Lunatic asylums in Bengal annual reports 1899-1911 - 1899-1911
Year: 1899
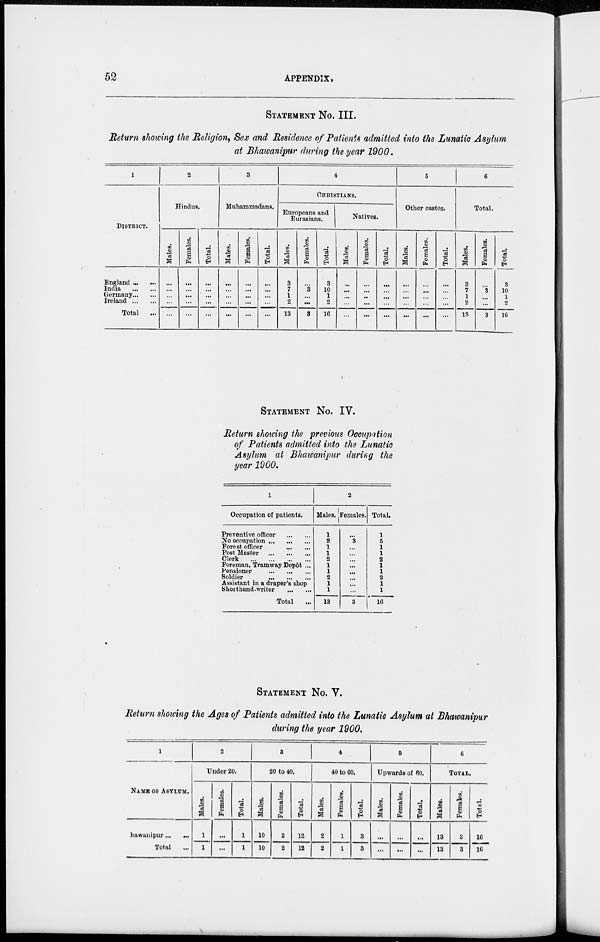
52
APPENDIX,
STATEMENT No. III.
Return showing the Religion, Sex and Residence of Patients admitted into the Lunatic Asylum
at Bhawanipur during the year 1900.
1
DISTRICT.
England ... ...
India
...
...
Germany ... ...
Ireland ... ...
Total ...
2
Hindus.
Males.
...
...
...
...
...
Females.
...
...
...
...
...
Total.
...
...
...
...
...
3
Muhammadans.
Males.
...
...
...
...
...
Females.
...
...
...
...
...
Total.
...
...
...
...
...
4
CHRISTIANS.
Europeans and
Eurasians.
Males.
3
7
1
2
13
Females.
...
3
...
...
3
Total.
3
10
1
2
16
Natives.
Males.
...
...
...
...
...
Females.
...
...
,.
...
...
Total.
...
...
...
...
...
6
Other castes.
Males.
...
...
...
...
...
Females.
...
...
...
...
...
Total.
...
...
...
...
...
6
Total.
Males.
3
7
1
2
13
Females.
...
3
...
...
3
Total.
3
10
1
2
16
STATEMENT No. IV.
Return showing the previous Occupation
of Patients admitted into the Lunatic
Asylum at Bhawanipur during the
year 1900.
1
Occupation of patients.
Preventive officer
...
...
No occupation ... ... ...
Forest officer
...
...
Post Master ... ... ...
Clerk ... ... ...
Foreman, Tramway Depôt ...
Pensioner
...
...
...
Soldier
...
...
...
Assistant in a draper's shop
Shorthand-writer
...
...
Total
2
Males.
1
2
1
1
2
1
1
2
1
1
13
Females.
...
3
...
...
...
...
...
...
...
...
3
Total.
1
5
1
1
2
1
1
2
1
1
16
STATEMENT No. V.
Return showing the Ages of Patients admitted into the Lunatic Asylum at Bhawanipur
during the year 1900.
1
NAME OF ASYLUM.
Bhawanipur... ...
Total ...
2
Under 20.
Males.
1
1
Females.
...
...
Total.
1
1
3
20 to 40.
Males.
10
10
Females.
2
2
Total.
12
12
4
40 to 60.
Males.
2
2
Females.
1
1
Total.
3
3
5
Upwards of 60.
Males.
...
...
Females.
...
...
Total.
...
...
6
TOTAL.
Males.
13
13
Females.
3
3
Total.
16
16